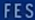
FES